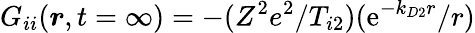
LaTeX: G_{ii}(\boldsymbol{r},t=\infty)=-(Z^{2}e^{2}/T_{i2})(\mathrm{e}^{-k_{D2}r}/r)